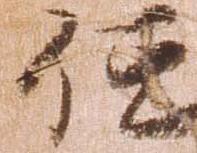
任